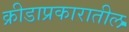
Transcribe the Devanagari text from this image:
क्रीडाप्रकारातील